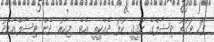
ފަހު ވަގުތު ވިޝާލްގެ ހަޤީޤީ ކުލަ ދެއްކީތީ އެވެ. މިހާރު ދެން ވިޝާލްއާމެދު